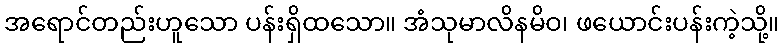
အရောင်တည်းဟူသော ပန်းရှိထသော။ အံသုမာလိနမိဝ၊ ဖယောင်းပန်းကဲ့သို့။